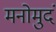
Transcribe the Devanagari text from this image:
मनोमुदं